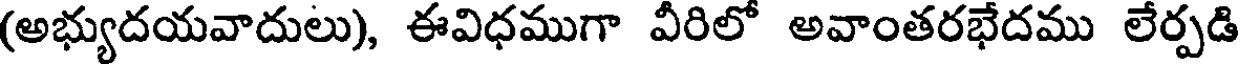
(అభ్యుదయవాదులు), ఈవిధముగా వీరిలో అవాంతరభేదము లేర్పడి